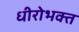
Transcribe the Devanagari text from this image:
धीरोभक्त